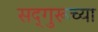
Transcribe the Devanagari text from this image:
सद्‌गुरूच्या